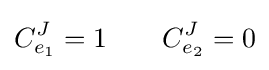
C_{e_{1}}^{J}=1\qquad C_{e_{2}}^{J}=0